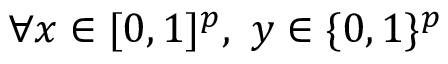
\forall x \in [ 0 , 1 ] ^ { p } , \ y \in \{ 0 , 1 \} ^ { p }